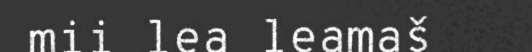
mii lea leamaš